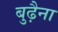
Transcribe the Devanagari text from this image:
बुढ़ैना